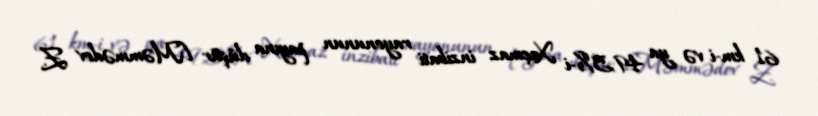
61 km-i və ya 49,5%-i Xaçmaz inzibati rayonunun payına düşür [Məmmədov Z.